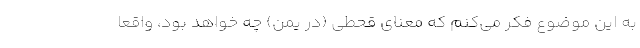
به این موضوع فکر می‌کنم که معنای قحطی (در یمن) چه خواهد بود، واقعا